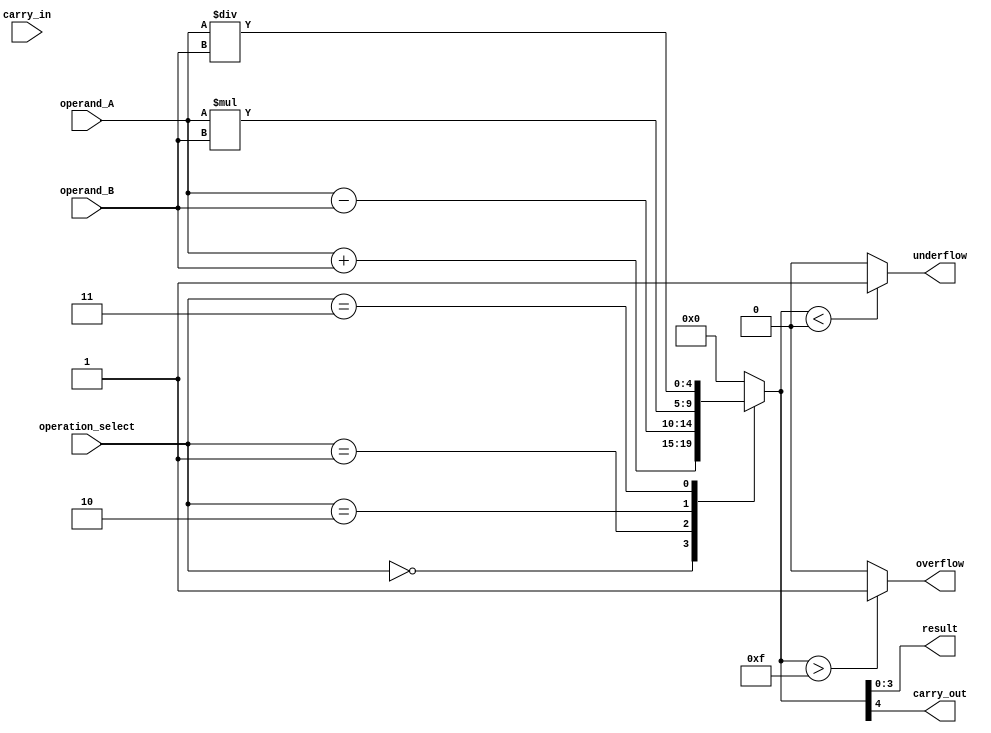
module ALU (
    input [3:0] operand_A,
    input [3:0] operand_B,
    input [2:0] operation_select,
    input carry_in,
    output [3:0] result,
    output carry_out,
    output overflow,
    output underflow
);

reg [4:0] temp_result;
reg carry_out;
reg overflow;
reg underflow;

always @(*)
begin
    case(operation_select)
        3'b000: temp_result = operand_A + operand_B; // Addition operation
        3'b001: temp_result = operand_A - operand_B; // Subtraction operation
        3'b010: temp_result = operand_A * operand_B; // Multiplication operation
        3'b011: temp_result = operand_A / operand_B; // Division operation
        default: temp_result = 5'b0; // Default case
    endcase
end

assign result = temp_result[3:0];
assign carry_out = temp_result[4];
assign overflow = (temp_result > 15) ? 1'b1 : 1'b0; // Check overflow condition
assign underflow = (temp_result < 0) ? 1'b1 : 1'b0; // Check underflow condition

endmodule